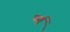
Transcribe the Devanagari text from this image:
पार्गू